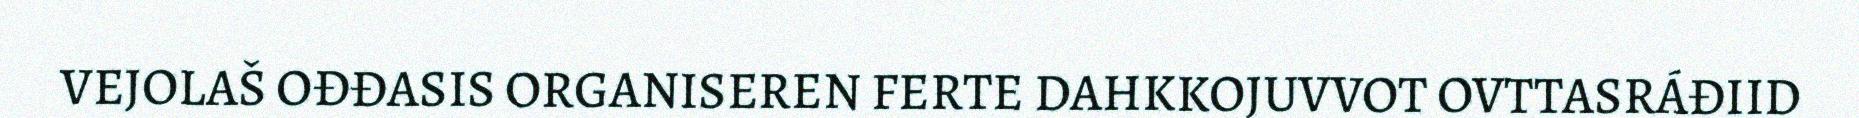
VEJOLAŠ OĐĐASIS ORGANISEREN FERTE DAHKKOJUVVOT OVTTASRÁĐIID